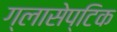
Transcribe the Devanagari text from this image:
ग्लासेप्टिक